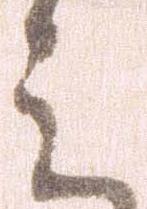
ミ